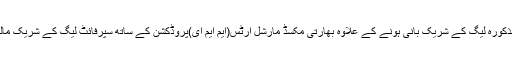
عامر خان مذکورہ لیگ کے شریک بانی ہونے کے علاوہ بھارتی مکسڈ مارشل آرٹس(ایم ایم ای)پروڈکشن کے ساتھ سپرفائٹ لیگ کے شریک مالک بھی ہیں۔